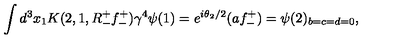
\int d ^ { 3 } x _ { 1 } K ( 2 , 1 , R _ { - } ^ { + } f _ { - } ^ { + } ) \gamma ^ { 4 } \psi ( 1 ) = e ^ { i \theta _ { 2 } / 2 } ( a f _ { - } ^ { + } ) = \psi ( 2 ) _ { b = c = d = 0 } ,